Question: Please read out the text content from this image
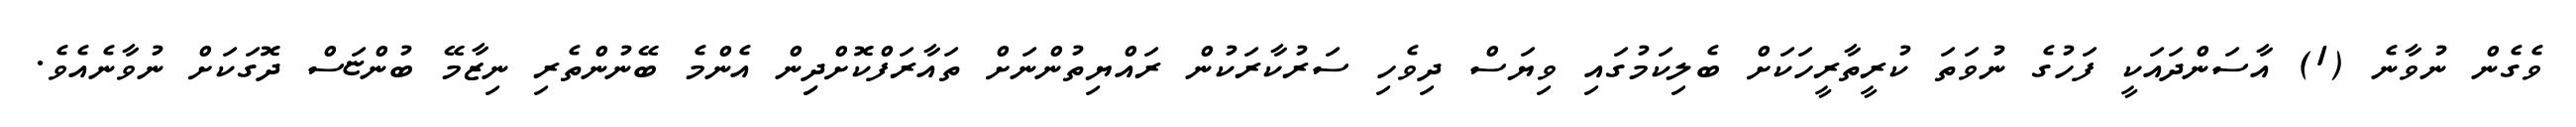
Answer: ވެގެން ނުވާނެ (1) އާސަންދައަކީ ފަހުގެ ނުވަތަ ކުރީތާރީހަކަށް ބެލިކަމުގައި ވިޔަސް ދިވެހި ސަރުކާރަކުން ރައްޔިތުންނަށް ތައާރަފްކޮށްދިިން އެންމެ ބޭނުންތެރި ނިޒާމޭ ބުންޏަސް ދޮގަކަށް ނުވާނެއެވެ.